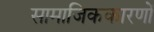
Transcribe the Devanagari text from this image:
सामाजिककारणों